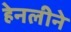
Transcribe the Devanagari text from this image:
हेनलीने